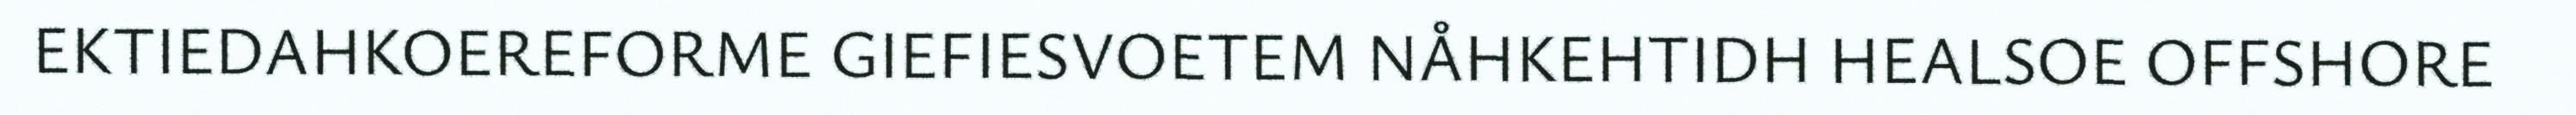
EKTIEDAHKOEREFORME GIEFIESVOETEM NÅHKEHTIDH HEALSOE OFFSHORE